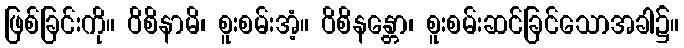
ဖြစ်ခြင်းကို။ ဝိစိနာမိ၊ စူးစမ်းအံ့။ ဝိစိနန္တော၊ စူးစမ်းဆင်ခြင်သောအခါ၌။